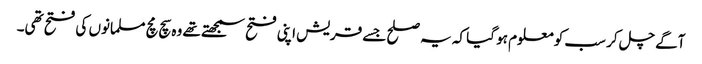
آگے چل کر سب کو معلوم ہو گیا کہ یہ صلح جسے قریش اپنی فتح سمجھتے تھے وہ سچ مچ مسلمانوں کی فتح تھی۔